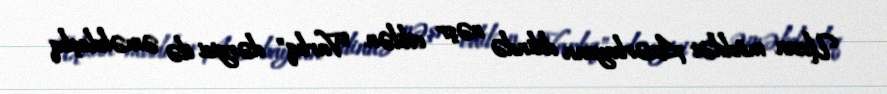
Uzun müddət Azərbaycan dilində nəşr edilən "Varlıq" dərgisi ilə əməkdaşlıq